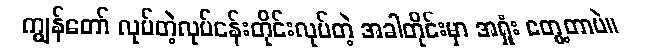
ကျွန်တော် လုပ်တဲ့လုပ်ငန်းတိုင်းလုပ်တဲ့ အခါတိုင်းမှာ အရှုံး တွေ့တာပဲ။